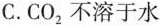
C.CO_{2}不溶于水